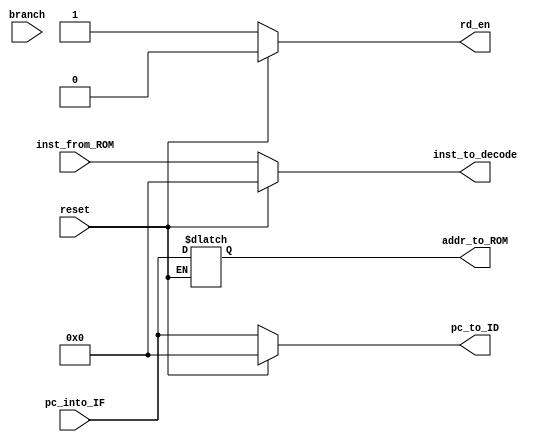

module IFstage (
    input reset,
    input[31:0] inst_from_ROM, 
    input[31:0] pc_into_IF,
    input branch,
    output reg [31:0] inst_to_decode,
    output reg[31:0] pc_to_ID,
    output reg [31:0] addr_to_ROM,  
    output reg rd_en    //read enable
);





     always @(*) begin
        if(reset==1 ) begin
            pc_to_ID=0;
            inst_to_decode=0;
            rd_en=0;
        end
     


     else begin
        addr_to_ROM = pc_into_IF;
        pc_to_ID = pc_into_IF;
        inst_to_decode= inst_from_ROM;
        rd_en=1;

     end
    end
endmodule